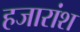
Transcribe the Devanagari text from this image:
हजारांश